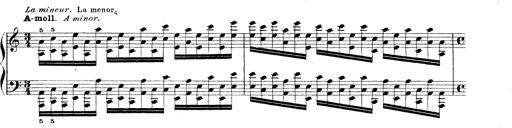
Title: Technische Studien
Composer: Franz Liszt